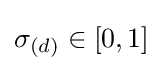
\textstyle \sigma _{(d)}\in [0,1]